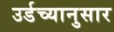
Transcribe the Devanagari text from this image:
उर्डच्यानुसार